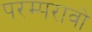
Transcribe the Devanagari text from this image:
परम्परावो